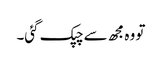
تو وہ مجھ سے چپک گئی۔